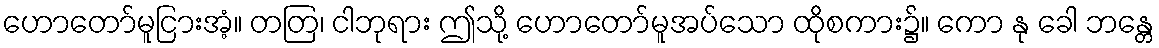
ဟောတော်မူငြားအံ့။ တတြ၊ ငါဘုရား ဤသို့ ဟောတော်မူအပ်သော ထိုစကား၌။ ကော နု ခေါ ဘန္တေ